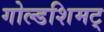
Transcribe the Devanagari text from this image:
गोल्डशिमट्